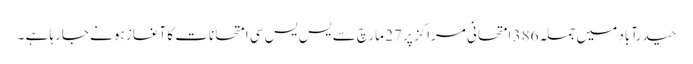
حیدرآباد میں جملہ 386 امتحانی مراکز پر 27 مارچ سے یس یس سی امتحانات کا آغاز ہونے جارہا ہے ۔